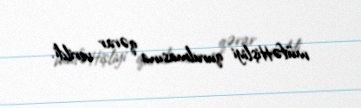
müfəttişliyi qurulmasına qərar verildi.